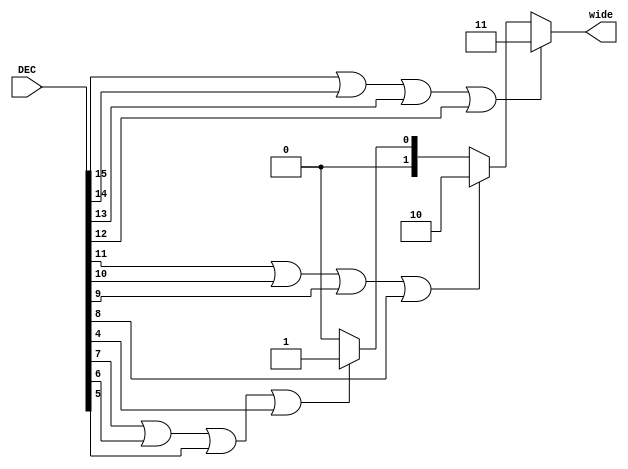
`timescale 1ns / 1ps
//////////////////////////////////////////////////////////////////////////////////
// Company: 
// Engineer: 
// 
// Design Name: 
// Module Name: UART_DSP_JUDGE
// Project Name: 
// Target Devices: 
// Tool Versions: 
// Description: 
// 
// Dependencies: 
// 
// Revision:
// Revision 0.01 - File Created
// Additional Comments:
// 
//////////////////////////////////////////////////////////////////////////////////


module UART_DSP_JUDGE(
    input  wire [15:0] DEC  ,
    output reg  [1:0]  wide
    );
    
always@*
    begin
        if(DEC[15]|DEC[14]|DEC[13]|DEC[12])
            wide = 3 ;
        else if(DEC[11]|DEC[10]|DEC[9]|DEC[8])
            wide = 2 ;
        else if(DEC[7]|DEC[6]|DEC[5]|DEC[4])
            wide = 1 ;
        else 
            wide = 0 ;
    end
endmodule